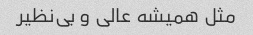
مثل همیشه عالی و بی‌نظیر